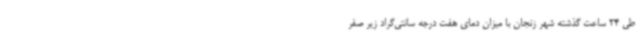
طی 24 ساعت گذشته شهر زنجان با میزان دمای هفت درجه سانتی‌گراد زیر صفر